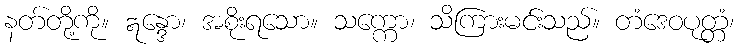
နတ်တို့ကို။ ဣန္ဒော၊ အစိုးရသော။ သက္ကော၊ သိကြားမင်းသည်။ တံဒေဝပုတ္တံ၊